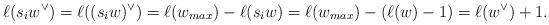
LaTeX: \begin{align*}\ell(s_iw^\vee)=\ell((s_iw)^\vee)=\ell(w_{max})-\ell(s_iw)=\ell(w_{max})-(\ell(w)-1)=\ell(w^\vee)+1.\end{align*}